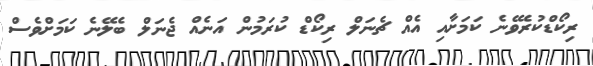
ރިކޯޑްކުރެވޭނެ ކަމަށާއި އެއް ޗެނަލް ރިކޯޑް ކުރަމުން އަނެއް ޖެނަލް ބެލޭނެ ކަމަށްވެސް